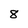
Character: 8